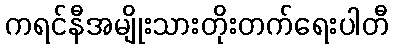
ကရင်နီအမျိုးသားတိုးတက်ရေးပါတီ